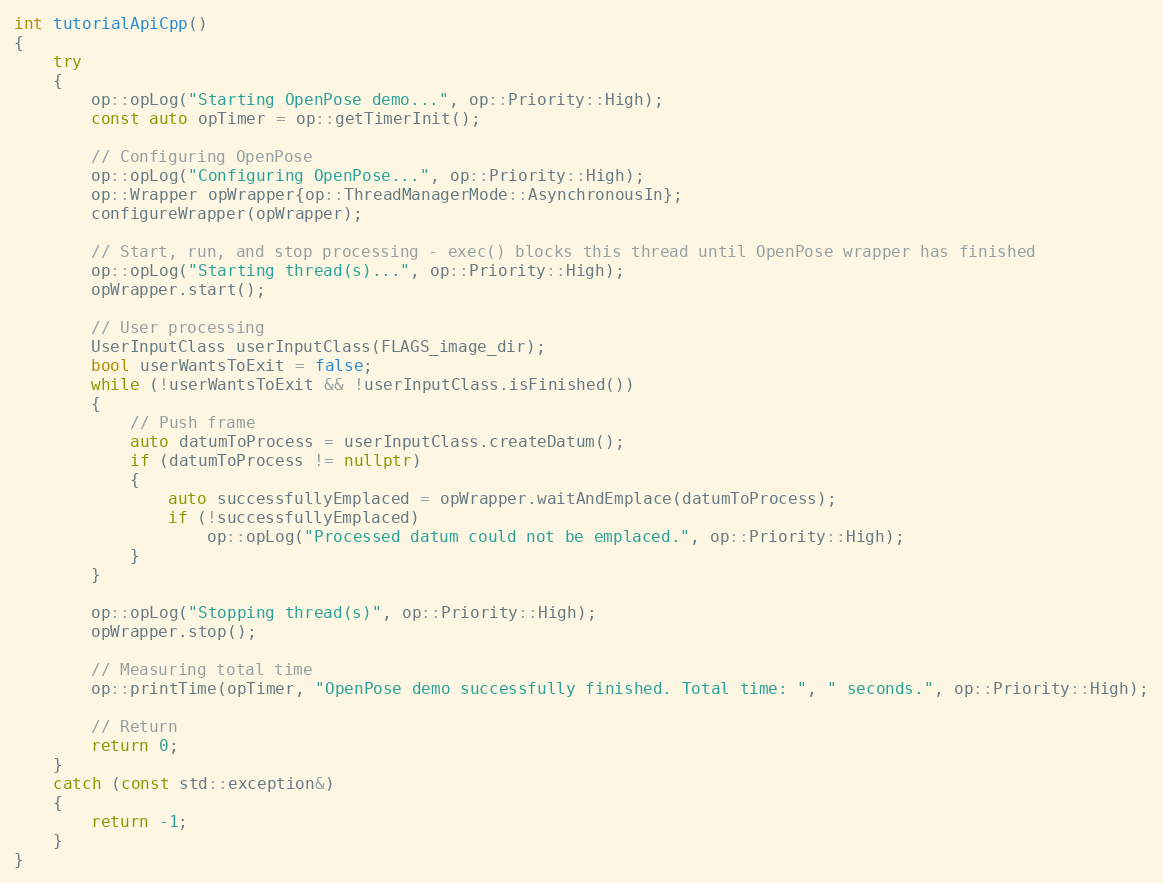
Language: C++
int tutorialApiCpp()
{
    try
    {
        op::opLog("Starting OpenPose demo...", op::Priority::High);
        const auto opTimer = op::getTimerInit();

        // Configuring OpenPose
        op::opLog("Configuring OpenPose...", op::Priority::High);
        op::Wrapper opWrapper{op::ThreadManagerMode::AsynchronousIn};
        configureWrapper(opWrapper);

        // Start, run, and stop processing - exec() blocks this thread until OpenPose wrapper has finished
        op::opLog("Starting thread(s)...", op::Priority::High);
        opWrapper.start();

        // User processing
        UserInputClass userInputClass(FLAGS_image_dir);
        bool userWantsToExit = false;
        while (!userWantsToExit && !userInputClass.isFinished())
        {
            // Push frame
            auto datumToProcess = userInputClass.createDatum();
            if (datumToProcess != nullptr)
            {
                auto successfullyEmplaced = opWrapper.waitAndEmplace(datumToProcess);
                if (!successfullyEmplaced)
                    op::opLog("Processed datum could not be emplaced.", op::Priority::High);
            }
        }

        op::opLog("Stopping thread(s)", op::Priority::High);
        opWrapper.stop();

        // Measuring total time
        op::printTime(opTimer, "OpenPose demo successfully finished. Total time: ", " seconds.", op::Priority::High);

        // Return
        return 0;
    }
    catch (const std::exception&)
    {
        return -1;
    }
}